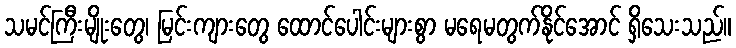
သမင်ကြီးမျိုးတွေ၊ မြင်းကျားတွေ ထောင်ပေါင်းများစွာ မရေမတွက်နိုင်အောင် ရှိသေးသည်။